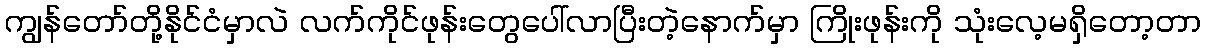
ကျွန်တော်တို့နိုင်ငံမှာလဲ လက်ကိုင်ဖုန်းတွေပေါ်လာပြီးတဲ့နောက်မှာ ကြိုးဖုန်းကို သုံးလေ့မရှိတော့တာ